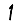
Digit: 1